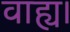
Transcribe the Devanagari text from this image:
वाह्य।